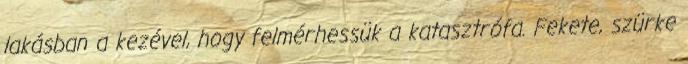
lakásban a kezével, hogy felmérhessük a katasztrófa. Fekete, szürke